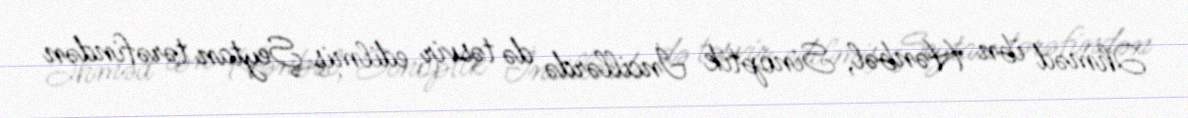
Əhməd ibn Hənbəl, Sinoptik İncillərdə də təsvir edilmiş Şeytan tərəfindən